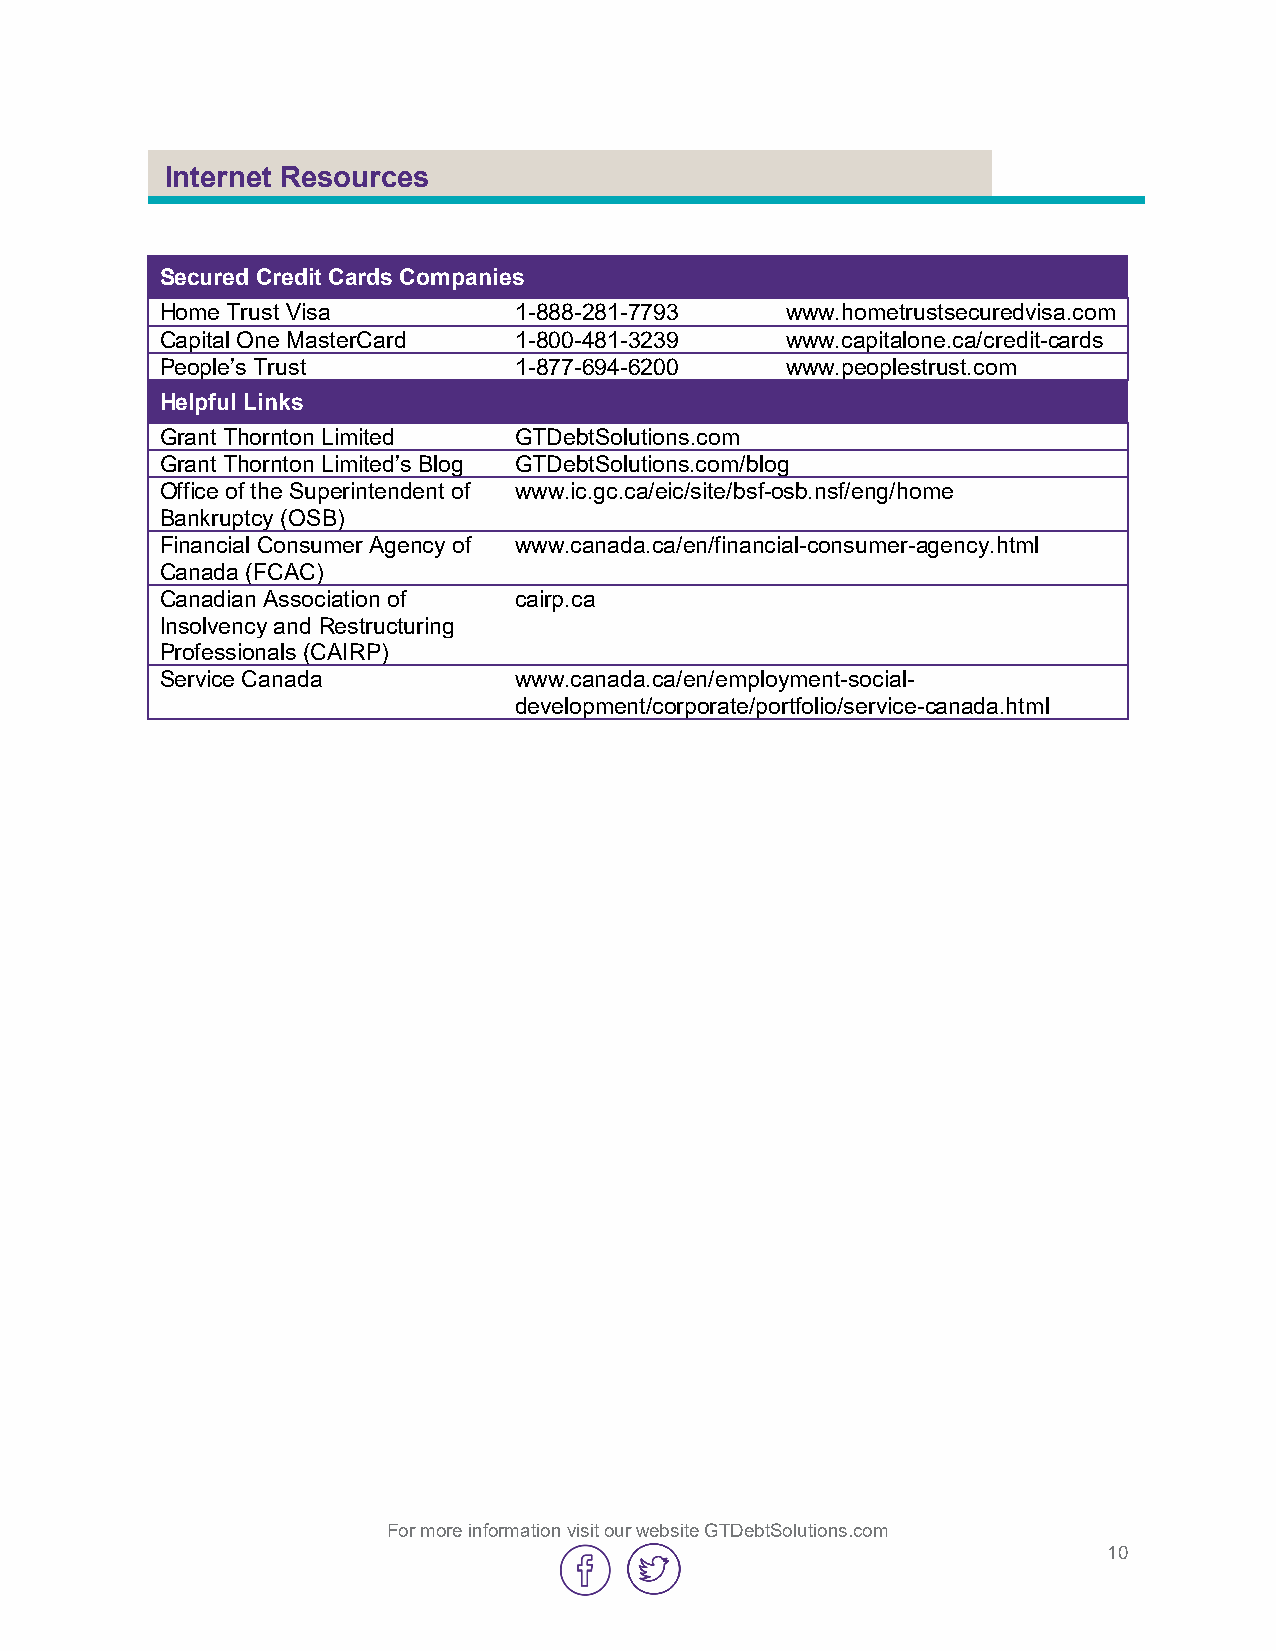
Internet Resources
 Secured Credit Cards Companies
 Home Trust Visa        1-888-281-7793    www.hometrustsecuredvisa.com
 Capital One MasterCard 1-800-481-3239    www.capitalone.ca/credit-cards
 People’s Trust         1-877-694-6200    www.peoplestrust.com
 Helpful Links
 Grant Thornton Limited GTDebtSolutions.com
 Grant Thornton Limited’s Blog GTDebtSolutions.com/blog
 Office of the Superintendent of www.ic.gc.ca/eic/site/bsf-osb.nsf/eng/home
 Bankruptcy (OSB)
 Financial Consumer Agency of www.canada.ca/en/financial-consumer-agency.html
 Canada (FCAC)
 Canadian Association of cairp.ca
 Insolvency and Restructuring
 Professionals (CAIRP)
 Service Canada         www.canada.ca/en/employment-social-
 development/corporate/portfolio/service-canada.html
 For more information visit our website GTDebtSolutions.com
 10